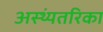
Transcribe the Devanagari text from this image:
अस्थ्यंतरिका